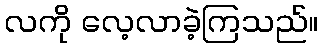
လကို လေ့လာခဲ့ကြသည်။